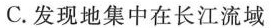
C.发现地集中在长江流域